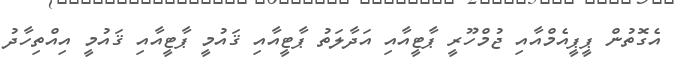
އެގޮތުން ޕީޕީއެމްއާއި ޖުމްހޫރީ ޕާޓީއާއި އަދާލަތު ޕާޓީއާއި ޤައުމީ ޕާޓީއާއި ޤައުމީ އިއްތިހާދު